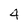
Character: 4